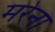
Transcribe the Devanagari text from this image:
मरेना